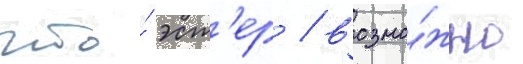
что́ эст'ер / возмо́жно